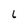
Character: L